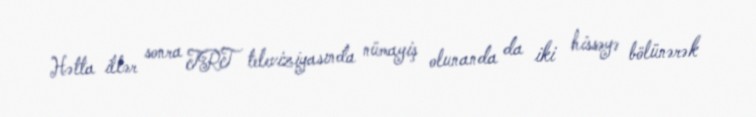
Hətta illər sonra TRT televiziyasında nümayiş olunanda da iki hissəyə bölünərək